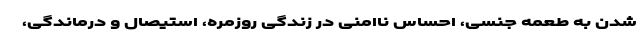
شدن به طعمه جنسی، احساس ناامنی در زندگی روزمره، استیصال و درماندگی،